Plague in India, 1896, 1897 - Volume 1
Year: 1896
Disease focus: Plague
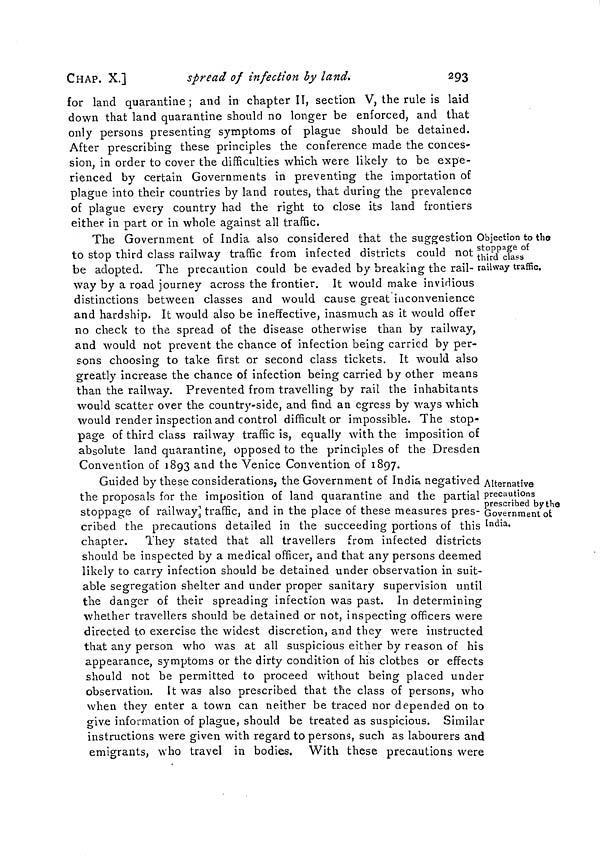
CHAP. X.]
spread of infection by land.
293
for land quarantine ; and in chapter IT, section V, the rule is laid
down that land quarantine should no longer be enforced, and that
only persons presenting symptoms of plague should be detained.
After prescribing these principles the conference made the conces-
sion, in order to cover the difficulties which were likely to be expe-
rienced by certain Governments in preventing the importation of
plague into their countries by land routes, that during the prevalence
of plague every country had the right to close its land frontiers
either in part or in whole against all traffic.
Objection to the
stoppage of
third class
railway traffic.
The Government of India also considered that the suggestion
to stop third class railway traffic from infected districts could not
be adopted. The precaution could be evaded by breaking the rail-
way by a road journey across the frontier. It would make invidious
distinctions between classes and would cause great inconvenience
and hardship. It would also be ineffective, inasmuch as it would offer
no check to the spread of the disease otherwise than by railway,
and would not prevent the chance of infection being carried by per-
sons choosing to take first or second class tickets. It would also
greatly increase the chance of infection being carried by other means
than the railway. Prevented from travelling by rail the inhabitants
would scatter over the country-side, and find an egress by ways which
would render inspection and control difficult or impossible. The stop-
page of third class railway traffic is, equally with the imposition of
absolute land quarantine, opposed to the principles of the Dresden
Convention of 1893 and the Venice Convention of 1897.
Alternative
precautions
prescribed by the
Government of
India.
Guided by these considerations, the Government of India negatived
the proposals for the imposition of land quarantine and the partial
stoppage of railway traffic, and in the place of these measures pres-
cribed the precautions detailed in the succeeding portions of this
chapter. They stated that all travellers from infected districts
should be inspected by a medical officer, and that any persons deemed
likely to carry infection should be detained under observation in suit-
able segregation shelter and under proper sanitary supervision until
the danger of their spreading infection was past. In determining
whether travellers should be detained or not, inspecting officers were
directed to exercise the widest discretion, and they were instructed
that any person who was at all suspicious either by reason of his
appearance, symptoms or the dirty condition of his clothes or effects
should not be permitted to proceed without being placed under
observation. It was also prescribed that the class of persons, who
when they enter a town can neither be traced nor depended on to
give information of plague, should be treated as suspicious. Similar
instructions were given with regard to persons, such as labourers and
emigrants, who travel in bodies. With these precautions were